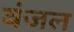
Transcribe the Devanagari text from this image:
बंजल